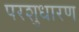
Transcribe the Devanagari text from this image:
परशुधारण